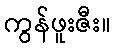
ကွန်ဖူးဇီး။